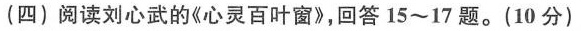
(四)阅读刘心武的《心灵百叶窗》，回答15~17题。(10分)